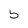
Character: 5